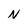
Character: N